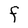
Character: F